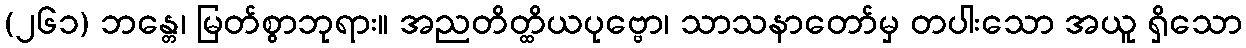
(၂၆၁) ဘန္တေ၊ မြတ်စွာဘုရား။ အညတိတ္ထိယပုဗ္ဗော၊ သာသနာတော်မှ တပါးသော အယူ ရှိသော